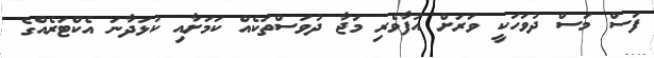
ފަސް މަސް ދުވަހަކީ ވަރަށް އުފާވެރި މަޖާ ދުވަސްތަކެއް ކަމަށާއި ކުޅަދާނަ އެކްޓަރެއްގެ